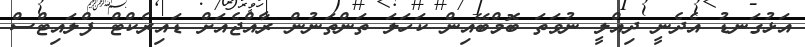
އަޅުގަނޑު އެދެނީ ދިއްލީ ނުވަތަ ބޮމްބޭއިން ކަހަލަ ތަންތަނުން ރާއްޖެއަށް ޑައިރެކްޓް ފްލައިޓްސް